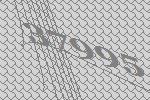
37995